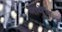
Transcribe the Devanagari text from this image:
मामेंन